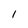
Character: 1